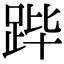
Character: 跸